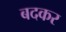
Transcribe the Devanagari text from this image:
बदकर